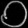
Digit: ၀